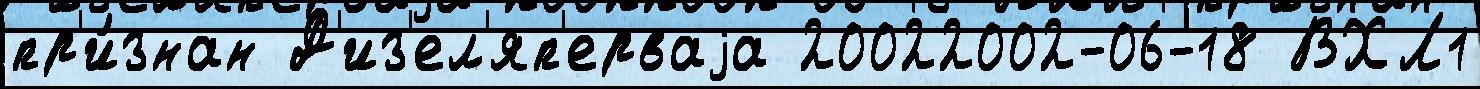
пр'и́знан Д'из'ел'яп'ерваjа 20022002-06-18 ВХЛ1